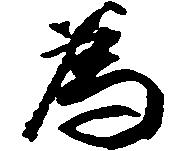
為